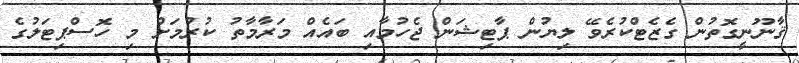
ޤާނޫނީގޮތުން ގެޒެޓްކުރެވޭ ލިޔުން ޕާޓިޝަން ޖެހުމާއި ބައެއް މަރާމާތު ކުރުމަށް މި ހޮސްޕިޓަލުގެ